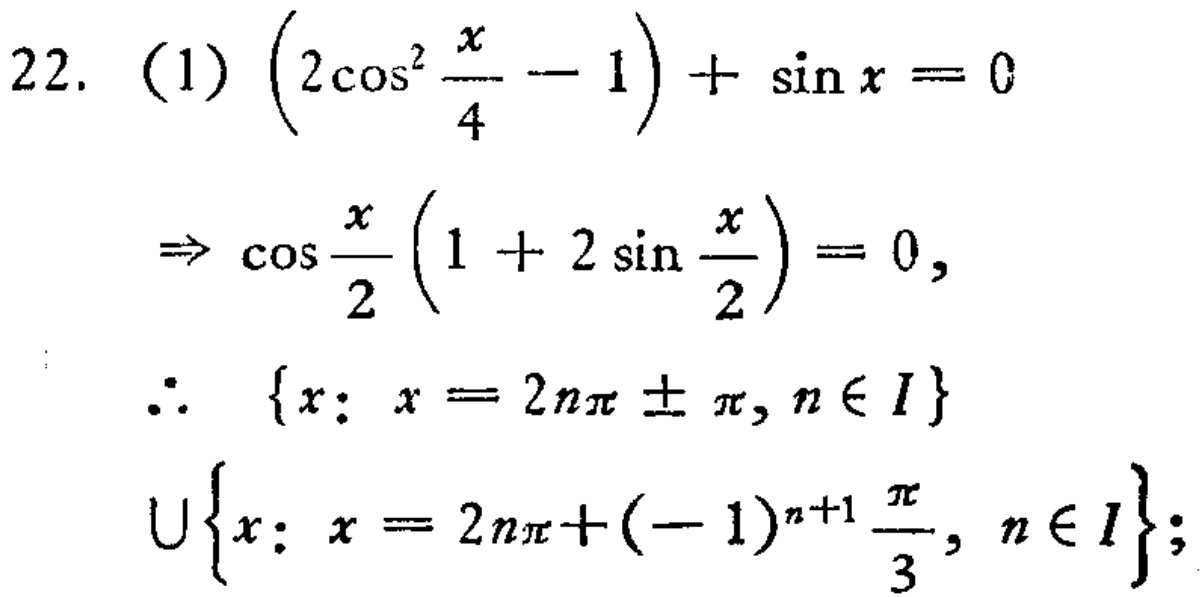
\[
\begin{align*}
22.\ (1)\ &\left(2\cos^{2}\frac{x}{4}-1\right)+\sin x = 0\\
\Rightarrow\ &\cos\frac{x}{2}\left(1 + 2\sin\frac{x}{2}\right)=0,\\
\therefore\ &\{x:\ x = 2n\pi\pm\pi,n\in I\}\\
\cup&\{x:\ x = 2n\pi+(-1)^{n + 1}\frac{\pi}{3},n\in I\};
\end{align*}
\]